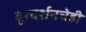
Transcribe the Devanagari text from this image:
दूरदर्शनचेही